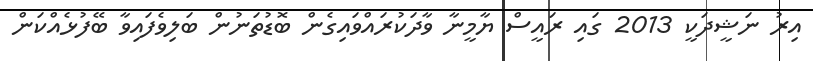
އިރު ނަޝީދަކީ 2013 ގައި ރައީސް ޔާމީނާ ވާދަކުރައްވައިގެން ބޮޑުތަނުން ބަލިވެފައިވާ ބޭފުޅެއްކަން